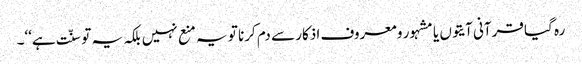
رہ گیا قرآنی آیتوں یا مشہور و معروف اذکار سے دم کرنا تو یہ منع نہیں بلکہ یہ تو سنّت ہے‘‘۔